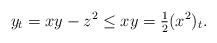
LaTeX: \begin{align*}y_t = xy - z^2 \leq xy = \tfrac{1}{2} (x^2)_t.\end{align*}